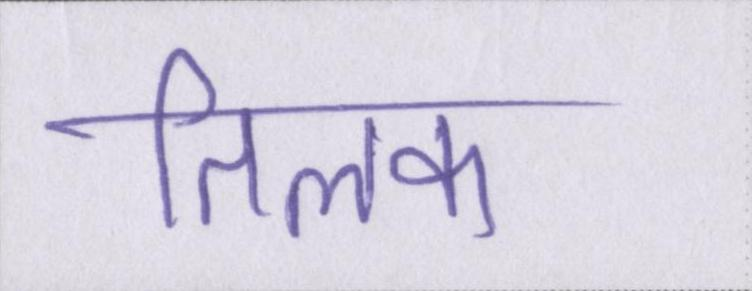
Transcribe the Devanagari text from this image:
तिलक